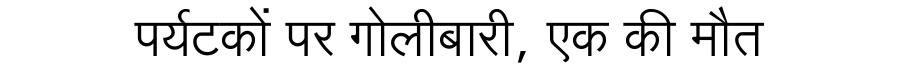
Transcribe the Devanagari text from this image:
पर्यटकों पर गोलीबारी, एक की मौत